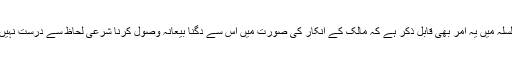
اس سلسلہ میں یہ امر بھی قابل ذکر ہے کہ مالک کے انکار کی صورت میں اس سے دگنا بیعانہ وصول کرنا شرعی لحاظ سے درست نہیں ہے ۔